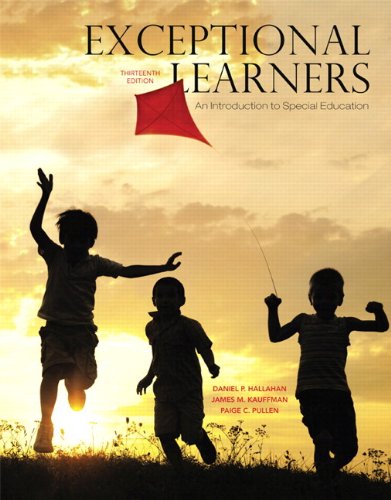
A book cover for Exceptional Learners: An Introduction to Special Education, Enhanced Pearson eText with Loose-Leaf Version -- Access Card Package (13th Edition); Daniel P. Hallahan; Education & Teaching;